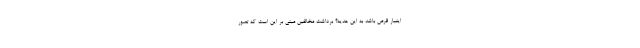
اینبار قرص باشد به این هدیه؟ برداشت مخالفین مبنی بر این است که تصور